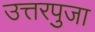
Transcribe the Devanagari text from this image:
उत्तरपुजा